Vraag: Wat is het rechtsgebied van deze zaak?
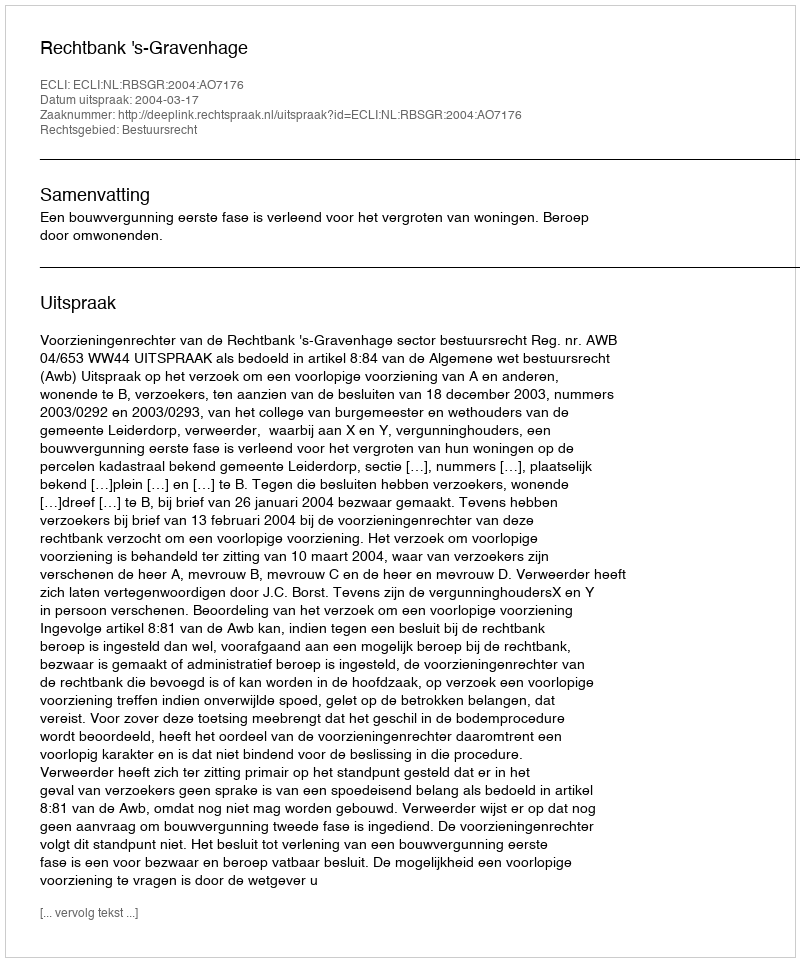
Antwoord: Bestuursrecht